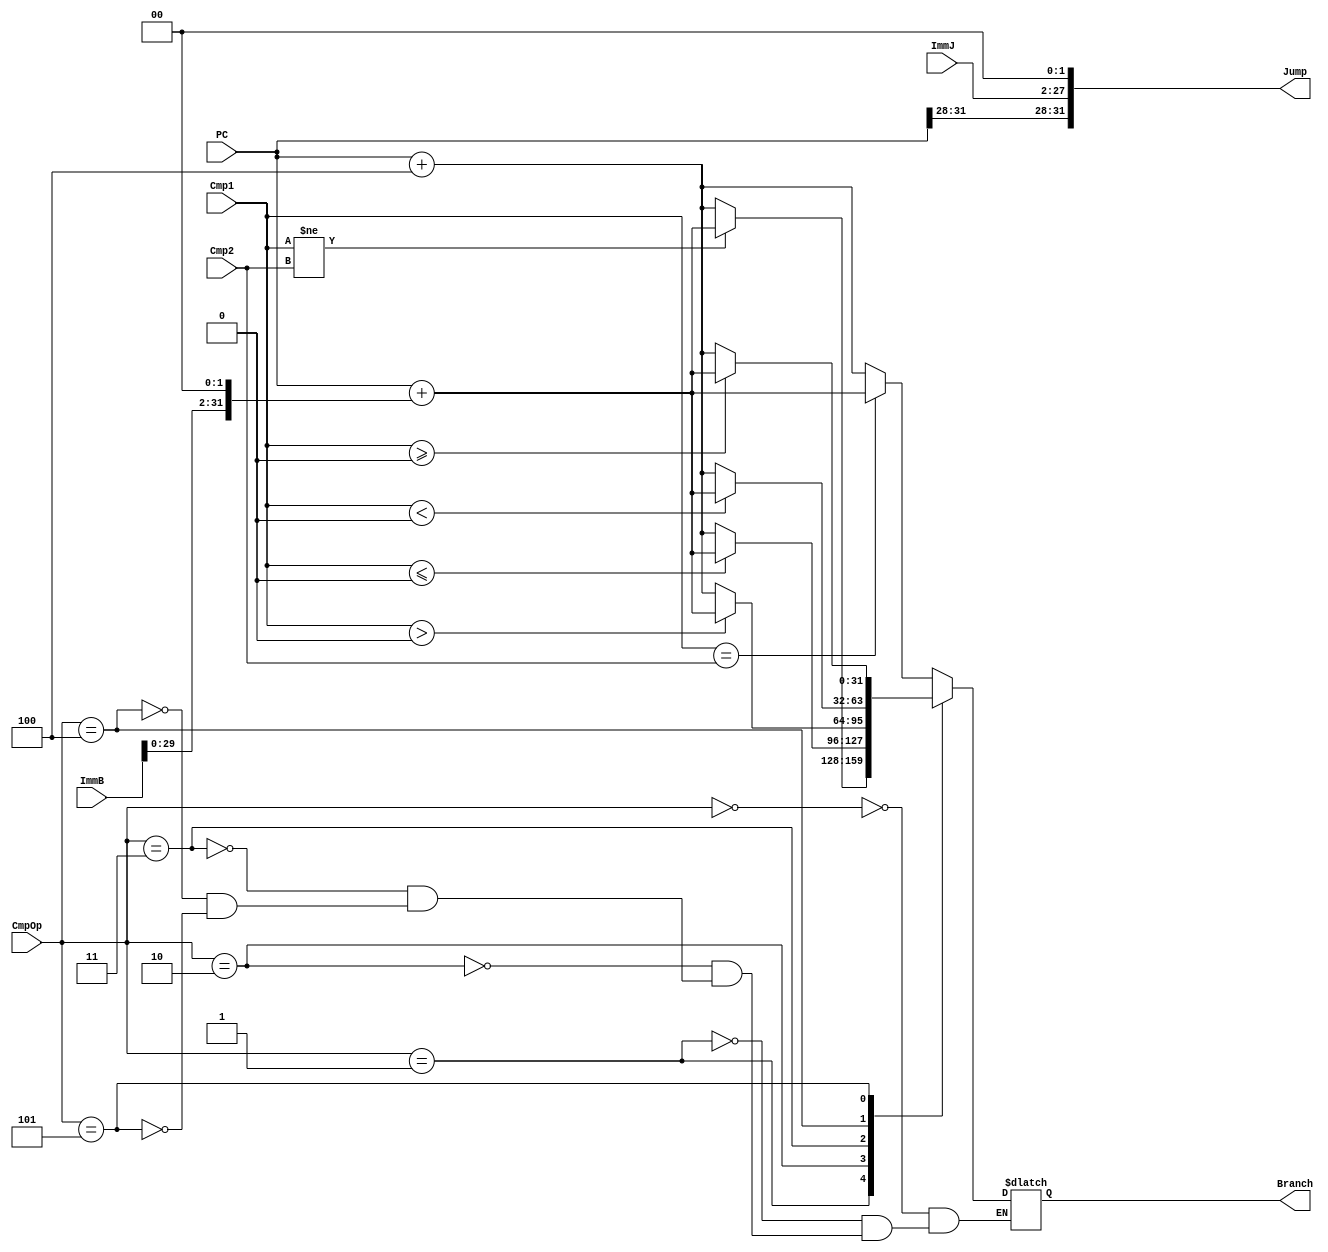
module NPC(
    input [31:0]PC,         //
    input [31:0]ImmB,       //branch16
    input [25:0]ImmJ,       //target26
    input [31:0]Cmp1,       //branch1
    input [31:0]Cmp2,       //branch2
    input [2:0] CmpOp,      //branch
    output [31:0]Jump,      //jump
    output reg[31:0]Branch  //branch
);

assign Jump = {PC[31:28],ImmJ,2'b00};

always @(*)begin
    case(CmpOp)
    	0: Branch = ($signed(Cmp1) == $signed(Cmp2)) ? (PC + (ImmB << 2)) : (PC + 4);		//beq
		1: Branch = ($signed(Cmp1) != $signed(Cmp2)) ? (PC + (ImmB << 2)) : (PC + 4);		//bne
		2: Branch = ($signed(Cmp1) <= 0) ? (PC + (ImmB << 2)) : (PC + 4);					//blez
		3: Branch = ($signed(Cmp1) > 0) ? (PC + (ImmB << 2)) : (PC + 4);					//bgtz
		4: Branch = ($signed(Cmp1) < 0) ? (PC + (ImmB << 2)) : (PC + 4);					//bltz
		5: Branch = ($signed(Cmp1) >= 0) ? (PC + (ImmB << 2)) : (PC + 4);					//bgez
    endcase
end
endmodule